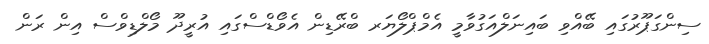
ސިންގަޕޫރުގައި ބޭއްވި ބައިނަލްއަގުވާމީ އެމްޕްލޯޔަރ ބްރޭޑިން އެވޯޑްސްގައި އުރީދޫ މޯލްޑިވްސް އިން ރަން